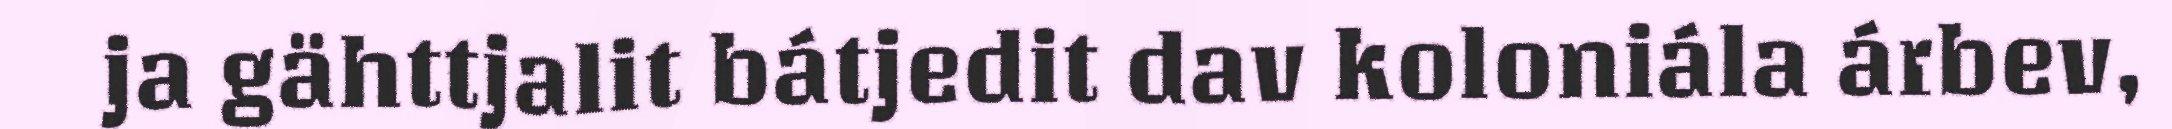
ja gähttjalit bátjedit dav koloniála árbev,